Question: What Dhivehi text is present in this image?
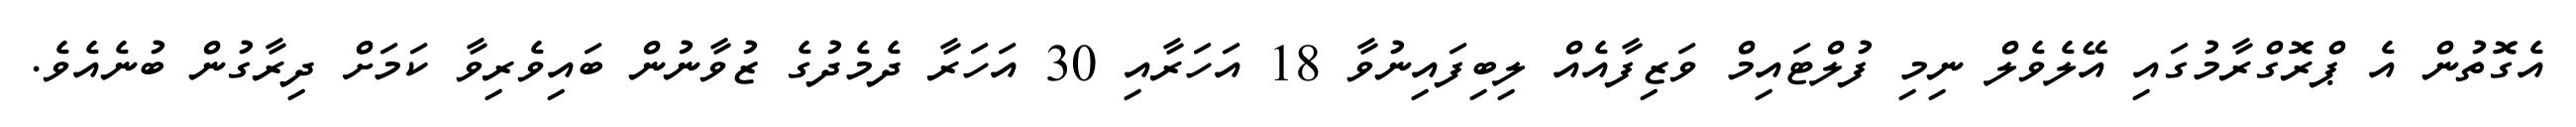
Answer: އެގޮތުން އެ ޕްރޮގްރާމުގައި އޭލެވެލް ނިމި ފުލްޓައިމް ވަޒިފާއެއް ލިބިފައިނުވާ 18 އަހަރާއި 30 އަހަރާ ދެމެދުގެ ޒުވާނުން ބައިވެރިވާ ކަމަށް ދިރާގުން ބުނެއެވެ.